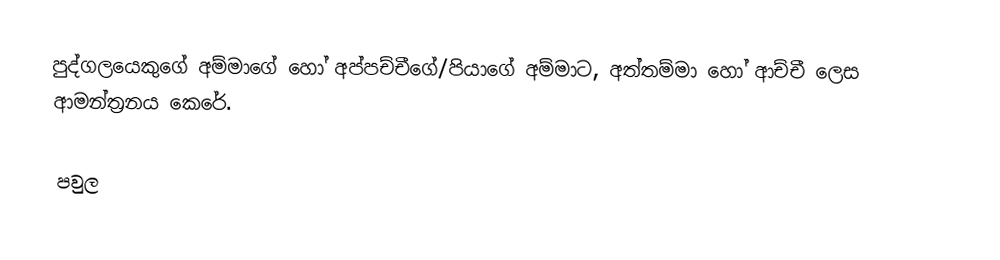
පුද්ගලයෙකුගේ අම්මාගේ හෝ අප්පච්චීගේ/පියාගේ අම්මාට, අත්තම්මා  හෝ ආච්චී ලෙස ආමන්ත්‍රනය කෙරේ.

පවුල